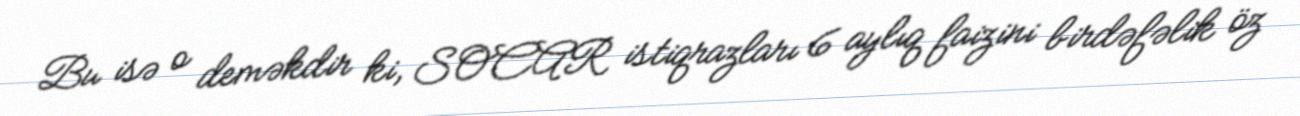
Bu isə o deməkdir ki, SOCAR istiqrazları 6 aylıq faizini birdəfəlik öz